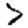
Digit: 7